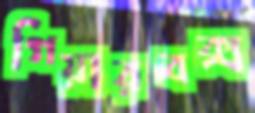
গিয়ারবক্স